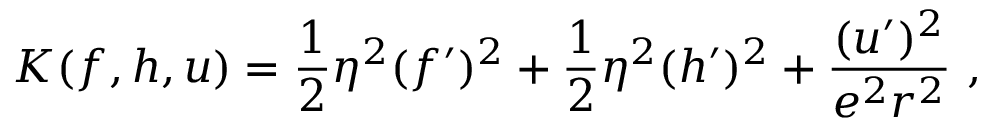
{ \cal K } ( f , h , u ) = \frac 1 2 \eta ^ { 2 } ( f ^ { \prime } ) ^ { 2 } + \frac 1 2 \eta ^ { 2 } ( h ^ { \prime } ) ^ { 2 } + \frac { ( u ^ { \prime } ) ^ { 2 } } { e ^ { 2 } r ^ { 2 } } \ ,